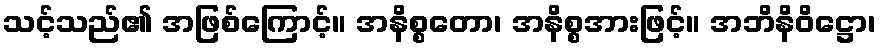
သင့်သည်၏ အဖြစ်ကြောင့်။ အနိစ္စတော၊ အနိစ္စအားဖြင့်။ အဘိနိဝိဋ္ဌော၊